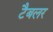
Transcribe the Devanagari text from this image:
टैबलर